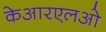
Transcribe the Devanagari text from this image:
केआरएलओ